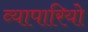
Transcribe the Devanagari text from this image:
व्यापारियो